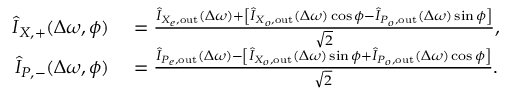
\begin{array} { r l } { \hat { I } _ { X , + } ( \Delta \omega , \phi ) } & { { } = \frac { \hat { I } _ { X _ { e } , \mathrm { o u t } } ( \Delta \omega ) + \left[ \hat { I } _ { X _ { o } , \mathrm { o u t } } ( \Delta \omega ) \cos \phi - \hat { I } _ { P _ { o } , \mathrm { o u t } } ( \Delta \omega ) \sin \phi \right] } { \sqrt { 2 } } , } \\ { \hat { I } _ { P , - } ( \Delta \omega , \phi ) } & { { } = \frac { \hat { I } _ { P _ { e } , \mathrm { o u t } } ( \Delta \omega ) - \left[ \hat { I } _ { X _ { o } , \mathrm { o u t } } ( \Delta \omega ) \sin \phi + \hat { I } _ { P _ { o } , \mathrm { o u t } } ( \Delta \omega ) \cos \phi \right] } { \sqrt { 2 } } . } \end{array}